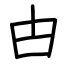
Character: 甴